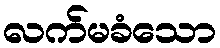
လက်မခံသော